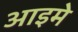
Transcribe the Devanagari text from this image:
आइमे